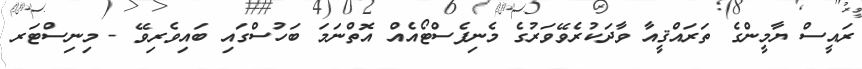
ރައީސް ޔާމީންގެ ތަރައްޤީއާ ވާދަކުރެވޭވަރުގެ މެނިފެސްޓޯއެއް އޮތްނަމަ ބަހުސްގައި ބައިވެރިވޭ - މިނިސްޓަރ